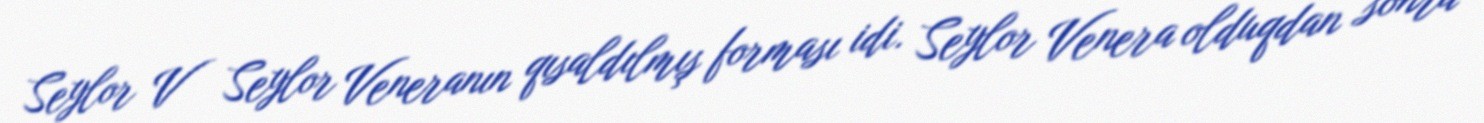
Seylor V Seylor Veneranın qısaldılmış forması idi. Seylor Venera olduqdan sonra